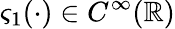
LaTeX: \varsigma_{1}(\cdot)\in C^{\infty}(\mathbb{R})